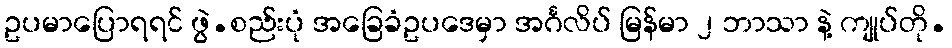
ဥပမာပြောရရင် ဖွဲ.စည်းပုံ အခြေခံဥပဒေမှာ အင်္ဂလိပ် မြန်မာ ၂ ဘာသာ နဲ့ ကျုပ်တို.